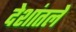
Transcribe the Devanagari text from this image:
देशांतले